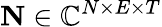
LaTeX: \mathbf{N}\in\mathbb{C}^{N\times E\times T}